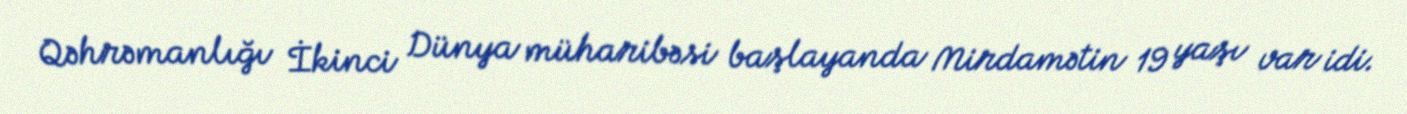
Qəhrəmanlığı İkinci Dünya müharibəsi başlayanda Mirdamətin 19 yaşı var idi.